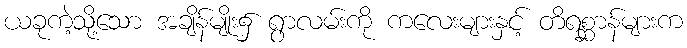
ယခုကဲ့သို့သော အချိန်မျိုး၌ ရွာလမ်းကို ကလေးများနှင့် တိရစ္ဆာန်များက